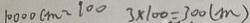
1 0 0 0 0 c m = 1 0 0 3 \times 1 0 0 = 3 0 0 ( m )